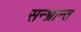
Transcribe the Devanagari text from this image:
सन्भ्रान्त